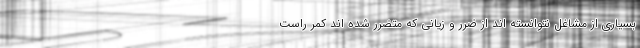
بسیاری از مشاغل نتوانسته اند از ضرر و زیانی که متضرر شده اند کمر راست